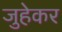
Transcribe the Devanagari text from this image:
जुहेकर